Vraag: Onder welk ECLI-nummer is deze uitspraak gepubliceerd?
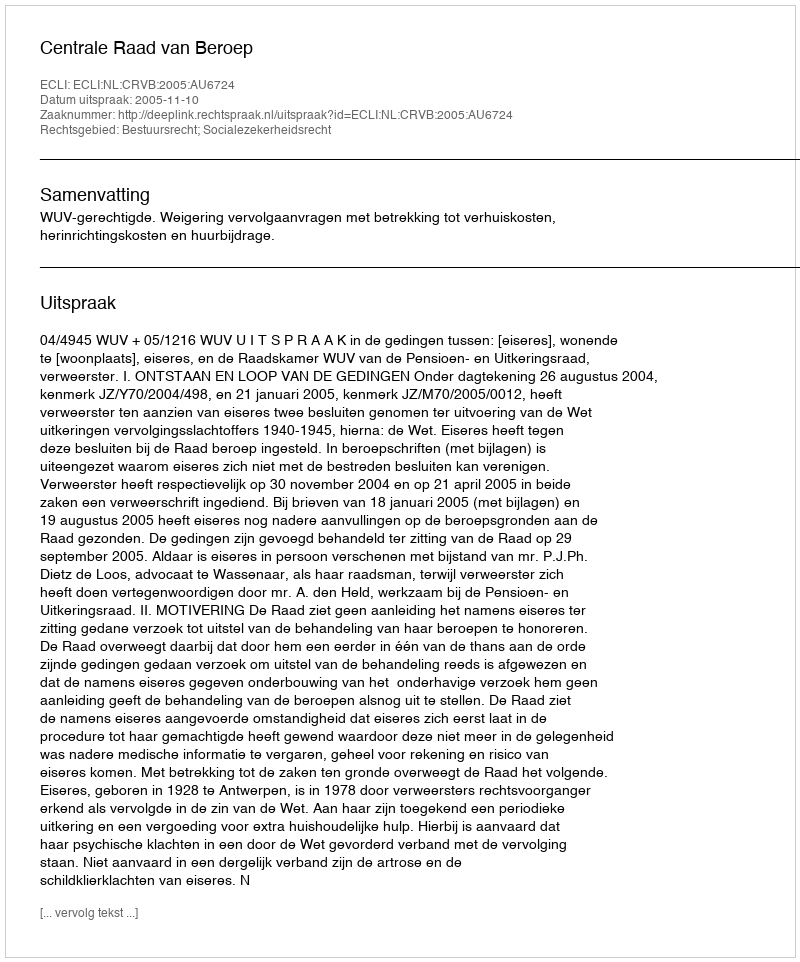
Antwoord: ECLI:NL:CRVB:2005:AU6724